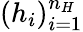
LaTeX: (h_{i})_{i=1}^{n_{H}}